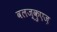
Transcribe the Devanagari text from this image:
वलज़्क़ुएज़